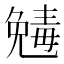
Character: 𠒾